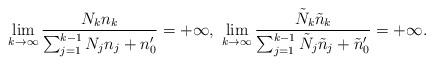
LaTeX: \begin{align*} \lim_{k\rightarrow\infty}\frac{N_kn_k}{\sum_{j=1}^{k-1}N_jn_j+n_0'}=+\infty,\ \lim_{k\rightarrow\infty}\frac{\tilde{N}_k\tilde{n}_k}{\sum_{j=1}^{k-1}\tilde{N}_j\tilde{n}_j+\tilde{n}_0'}=+\infty. \end{align*}